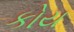
કોય